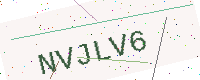
Text: NVJLV6